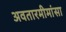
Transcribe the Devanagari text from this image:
अवतारमीमांसा